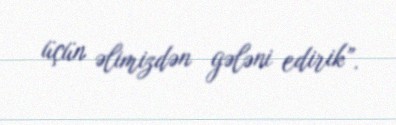
üçün əlimizdən gələni edirik”.